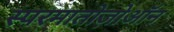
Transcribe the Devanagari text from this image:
स्परमातोज़ोऑन